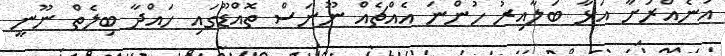
އަނެއްރަށާ އަޅާ ބަލާއިރު ހުންނަ އެއްޗެއް ނޫނަސް ތޮއްޑޫގައި ހައްދާ ބިލެތް ނޫނީ